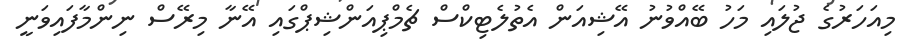
މިއަހަރުގެ ޖުލައި މަހު ބޭއްވުނު އޭޝިއަން އެތުލެޓިކްސް ޗެމްޕިއަންޝިޕްގައި އޭނާ މިރޭސް ނިންމާފައިވަނީ